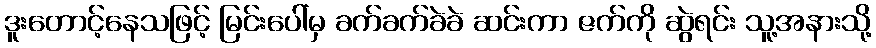
ဒူးတောင့်နေသဖြင့် မြင်းပေါ်မှ ခက်ခက်ခဲခဲ ဆင်းကာ ဇက်ကို ဆွဲရင်း သူ့အနားသို့